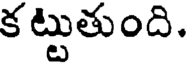
క ట్టుతుంది.